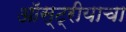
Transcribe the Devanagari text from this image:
ऑस्ट्रीयाचा